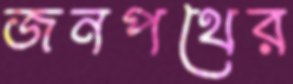
জনপথের